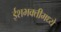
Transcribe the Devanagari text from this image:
ईशभक्तीमध्ये